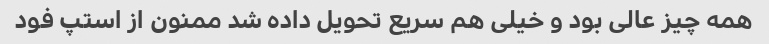
همه چیز عالی بود و خیلی هم سریع تحویل داده شد ممنون از استپ فود